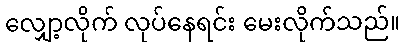
လျှော့လိုက် လုပ်နေရင်း မေးလိုက်သည်။